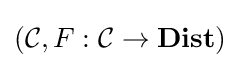
({\mathcal {C}},F:{\mathcal {C}}\to \mathbf {Dist} )